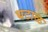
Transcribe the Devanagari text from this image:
घटाळ